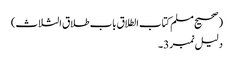
(صحیح مسلم کتاب الطلاق باب طلاق الثلاث)
دلیل نمبر 3۔